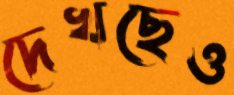
দেখছেও